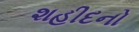
શહીદનો